Civil Veterinary Dept. Bombay admin report 1907-1913 - 1907-1913
Year: 1907
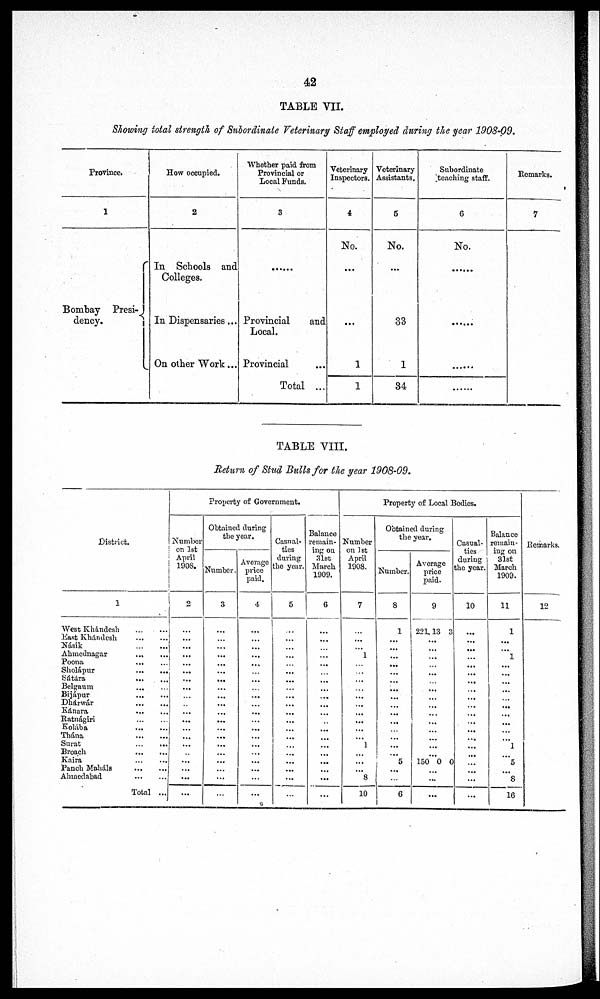
42
TABLE VII.
Showing total strength of Subordinate
Veterinary
Staff employed
during the year
1908-09.
Province.
1
Bombay
Presi-
dency.
How occupied.
2
In
Schools
and
Colleges.
In Dispensaries ...
On other Work...
Whether paid from
Provincial or
Local Funds.
3
......
Provincial
and
Local.
Provincial ...
Total
...
Veterinary
Inspectors.
4
No.
...
...
1
1
Veterinary
Assistants.
5
No.
...
33
1
34
Subordinate
teaching staff.
6
No.
......
......
......
......
Remarks.
7
TABLE VIII.
Return of Stud Bulls for the year
1908-09.
District.
West Khándesh
...
...
East
Khándesh
...
...
Násik
...
...
Ahmednagar
...
...
Poona ... ...
Sholápur
...
...
Sátára
...
...
Belgaum
...
...
Bijápur
...
...
Dhárwár ... ...
Kánara ... ...
Ratnágiri ... ...
Kolába ... ...
Thána
...
...
Surat
...
...
Broach
...
...
Kaira
...
...
Panch Maháls
...
...
Ahmedabad
...
...
Total ...
Property of Government.
Number
on 1st
April
1908.
2
...
...
...
...
...
...
...
...
...
...
...
...
...
...
...
...
...
...
...
...
Obtained during
the year.
Number.
3
...
...
...
...
...
...
...
...
...
...
...
...
...
...
...
...
...
...
...
...
Average
price
paid.
4
...
...
...
...
...
...
...
...
...
...
...
...
...
...
...
...
...
...
...
...
Casual-
ties
during
the year.
5
...
...
...
...
...
...
...
...
...
...
...
...
...
...
...
...
...
...
...
...
Balance
remain-
ing on
31st
March
1909.
6
...
...
...
...
...
...
...
...
...
...
...
...
...
...
...
...
...
...
...
...
Property of Local Bodies.
Number
on 1st
April
1908.
7
...
...
...
1
...
...
...
...
...
...
...
...
...
...
1
...
...
...
8
10
Obtained during
the year.
Number.
8
1
...
...
...
...
...
...
...
...
...
...
...
...
...
...
...
5
...
...
6
Average
price
paid.
9
221, 13 3
...
...
...
...
...
...
...
...
...
...
...
...
...
...
...
150 0 0
...
...
...
Casual-
ties
during
the year.
10
...
...
...
...
...
...
...
...
...
...
...
...
...
...
...
...
...
...
...
...
Balance
remain-
ing on
31st
March
1909.
11
1
...
...
1
...
...
...
...
...
...
...
...
...
...
1
...
5
...
8
16
Remarks.
12